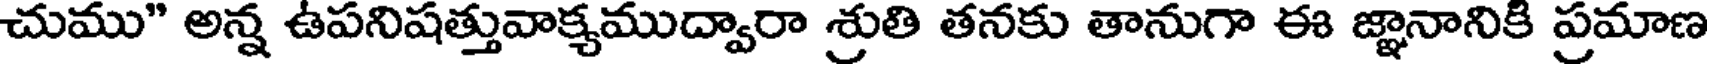
చుము" అన్న ఉపనిషత్తువాక్యముద్వారా శ్రుతి తనకు తానుగా ఈ జ్ఞానానికి ప్రమాణ